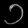
Digit: ၁